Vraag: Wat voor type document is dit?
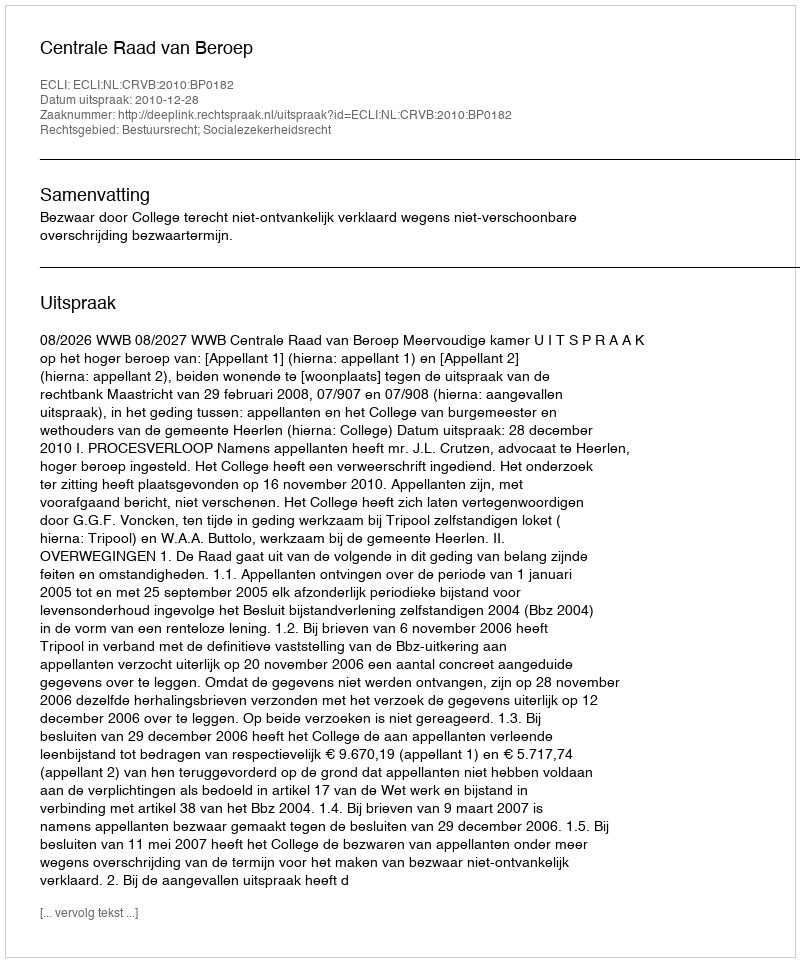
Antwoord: Uitspraak